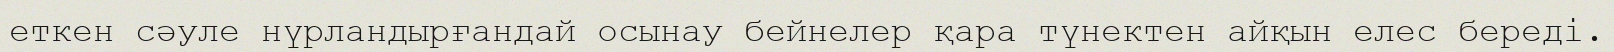
еткен сәуле нүрландырғандай осынау бейнелер қара түнектен айқын елес береді.